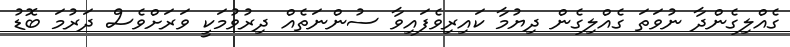
ގެއްލިގެންދާ ނުވަތަ ގެއްލިގެން ދިޔުމާ ކައިރިވެފައިވާ ސުންނަތެއް ދިރުވުމަކީ ވަރަށްވެސް ދަރުމަ ބޮޑު